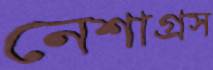
নেশাগ্রস